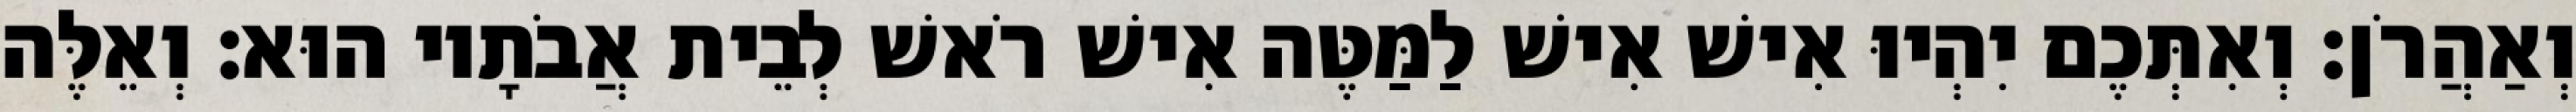
וְאַהֲרֹן׃ וְאִתְּכֶם יִהְיוּ אִישׁ אִישׁ לַמַּטֶּה אִישׁ רֹאשׁ לְבֵית אֲבֹתָיו הוּא׃ וְאֵלֶּה